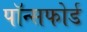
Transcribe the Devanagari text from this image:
पॉन्सफोर्ड